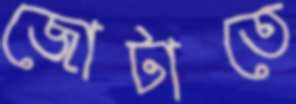
জোটাতে